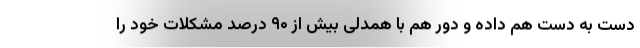
دست به دست هم داده و دور هم با همدلی بیش از ۹۰ درصد مشکلات خود را